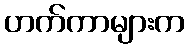
ဟက်ကာများက